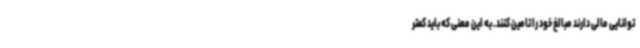
توانایی مالی دارند مبالغ خود را تامین کنند. به این معنی که باید کمتر